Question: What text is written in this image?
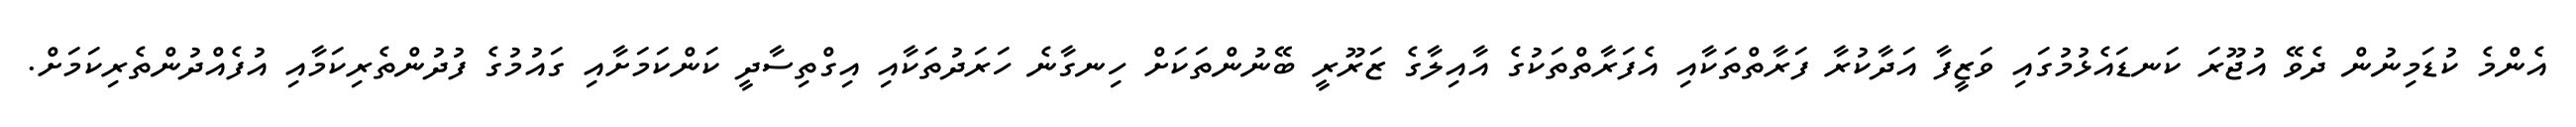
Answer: އެންމެ ކުޑަމިނުން ދެވޭ އުޖޫރަ ކަނޑައެޅުމުގައި ވަޒީފާ އަދާކުރާ ފަރާތްތަކާއި އެފަރާތްތަކުގެ އާއިލާގެ ޒަރޫރީ ބޭނުންތަކަށް ހިނގާނެ ހަރަދުތަކާއި އިގްތިސާދީ ކަންކަމަށާއި ގައުމުގެ ފުދުންތެރިކަމާއި އުފެއްދުންތެރިކަމަށް.